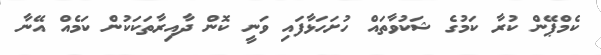
ކެމްޕޭން ކުރާ ކަމުގެ ޝަކުވާތައް ހުށަހަޅާފައި ވަނީ ކޮން ދާއިރާތަކަކުން ކަމެއް އޭނާ